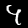
Digit: 4